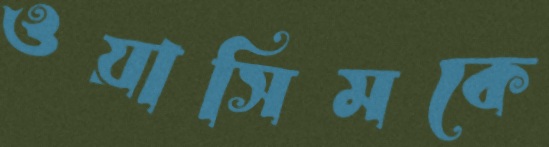
ওয়াসিমকে